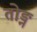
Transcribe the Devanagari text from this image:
तोड्न